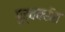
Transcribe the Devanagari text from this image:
पूर्ववरीत